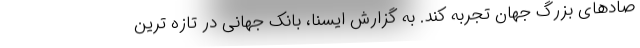
صادهای بزرگ جهان تجربه کند. به گزارش ایسنا، بانک جهانی در تازه ترین